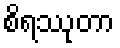
စိရဿုတာ